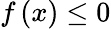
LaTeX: f\left(x\right)\leq 0